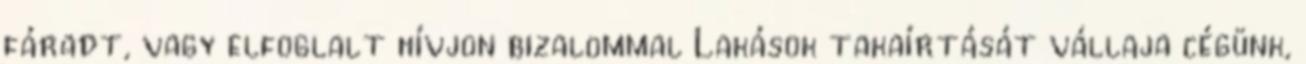
fáradt, vagy elfoglalt hívjon bizalommal Lakások takaírtását vállaja cégünk,